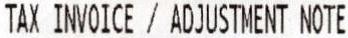
TAX INVOICE / ADJUSTMENT NOTE